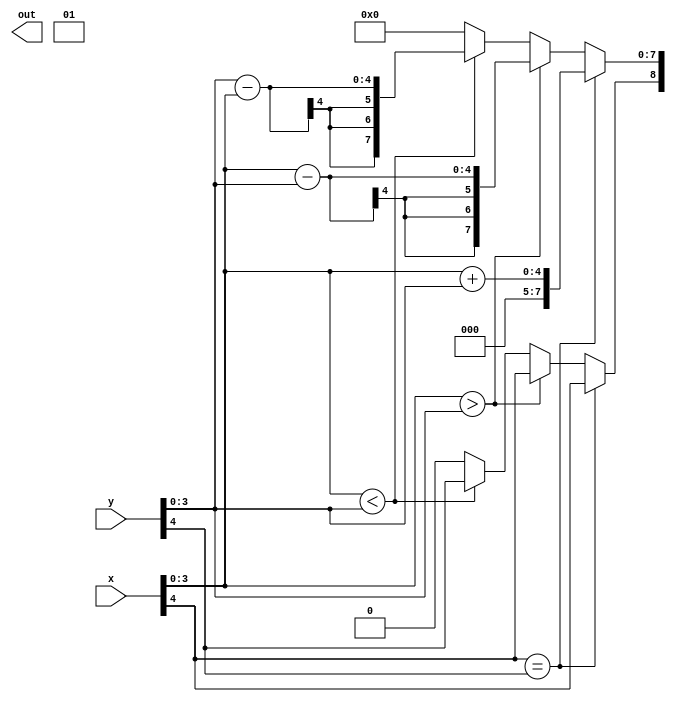
module Operation_2(
    input [4:0] x,
    input [4:0] y,
    output reg [11:0] out
    );

integer i, j;

always @(*) begin
    out[11:10] = 2'b01;
    out[9] = 1'bx;
	 i = {28'b0, x[3:0]};
	 j = {28'b0, y[3:0]};
    if (x[4] == y[4]) begin
        out[8] = x[4];
        out[7:0] = i + j;
    end
    else if (i > j) begin
        out[8] = x[4];
        out[7:0] = i - j;
    end
    else if (i < j) begin
        out[8] = y[4];
        out[7:0] = j - i;
    end
    else begin
		  out[8] = 1'b0;
        out[7:0] = 8'b0;
	 end
end

endmodule